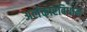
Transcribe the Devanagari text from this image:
अलंकारविधान